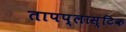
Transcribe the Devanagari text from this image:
तापप्लास्टिक